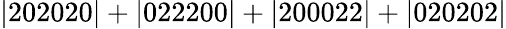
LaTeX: \mathrm{|202020|+|022200|+|200022|+|020202|}